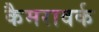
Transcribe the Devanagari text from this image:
कैमरावर्क